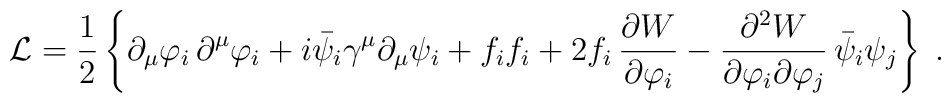
{\cal L}=\frac{1}{2}\left\{ \partial _\mu\varphi_i\,\partial^\mu\varphi_i+i \bar \psi_i \gamma^\mu \partial_\mu \psi_i + f_i f_i +2 f_i\,\frac{\partial{ W}}{\partial \varphi_i} - \frac{\partial^2 {W}}{\partial\varphi_i \partial\varphi_j}\, \bar\psi_i\psi_j \right\}\;.